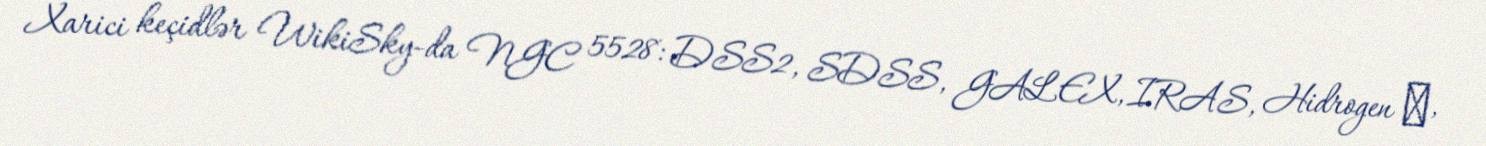
Xarici keçidlər WikiSky-da NGC 5528: DSS2, SDSS, GALEX, IRAS, Hidrogen α,